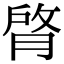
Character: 䏿